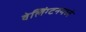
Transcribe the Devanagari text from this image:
वेलिंग्टनमध्ये